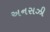
અનસઝી